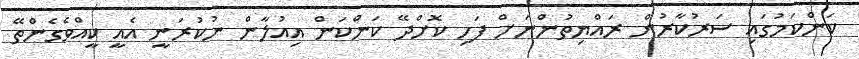
ކަންކަމުގައި ސަރުކާރުން ރައްޔިތުންނަށް ފަހި ކޮށްދޭ ކަންކަން އިއުލާން ނުކުރަނީ އެއީ ކީއްވެގެންތޭ